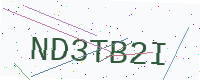
Text: ND3TB2I